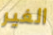
الغير